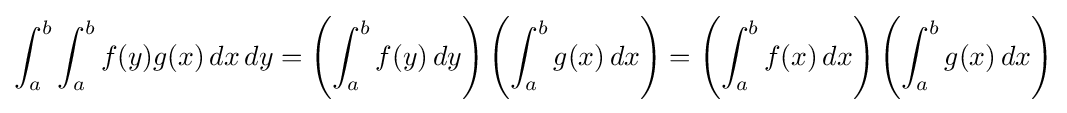
\int _{a}^{b}\int _{a}^{b}f(y)g(x)\,dx\,dy=\left(\int _{a}^{b}f(y)\,dy\right)\left(\int _{a}^{b}g(x)\,dx\right)=\left(\int _{a}^{b}f(x)\,dx\right)\left(\int _{a}^{b}g(x)\,dx\right)